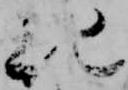
紀